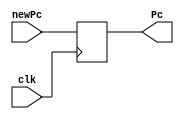
`timescale 1ns / 1ps
//////////////////////////////////////////////////////////////////////////////////
// Company: 
// Engineer: 
// 
// Design Name: 
// Module Name: lab03
// Project Name: 
// Target Devices: 
// Tool Versions: 
// Description: 
// 
// Dependencies: 
// 
// Revision:
// Revision 0.01 - File Created
// Additional Comments:
// 
//////////////////////////////////////////////////////////////////////////////////


module ProgramCounter(
    input [31:0] newPc,
    input clk,
    output reg [31:0] Pc);
    
    always @ (posedge clk) begin
        Pc = newPc;
    end
endmodule
 
module adder (
    input [31:0] Pc,
    output reg [31:0] newPc);
    
    initial begin
        newPc = 32'd100;
    end
    always @ (*) begin
        newPc = Pc + 4;
    end
endmodule


module IFID(
    input [31:0] doin,
    input clk,
    output reg [31:0] doout);
    
    always @ (posedge clk) begin
        doout = doin;
    end
endmodule


module InstrFetch(
    input [31:0] a,
    output reg [31:0] do
    );
    
    reg [31:0]mem[0:128];

    initial
    begin    
        mem[32'd100] = 32'h8C220000;
        mem[32'd104] = 32'h8C230004;
        mem[32'd108] = 32'h8C240008;
        mem[32'd112] = 32'h8c25000C;
        mem[32'd116] = 32'h004A3020;
    end
    
    always @ (*)
    begin
        //$display("mem[a] = %h", mem[a]);
        do = mem[a];
        //$display("do = %h", do);
    end
endmodule


module ControlUnit(
    //just output values, not used
    input [31:0] op,
    //input [31:0] func,
    output reg wreg,
    output reg m2reg,
    output reg wmem,
    output reg[1:0] aluc,
    output reg aluimm,
    output reg regrt    
    );
    
    reg [5:0] opcode;
    
    always @ (*)
    begin 
        opcode = op[31:26];
        case(opcode)
            //R type instruction
            6'b000000:
            begin
                regrt=0;
                aluc=2'b10;
                wreg=1;
                aluimm=0;
                wmem=0;
                m2reg=0;
            end
            //I type instruction
            default:
            begin
                regrt=1;
                aluc=2'b00;
                wreg=1;
                aluimm=1;
                wmem=0;
                m2reg=1;
            end
        endcase
    end
endmodule


module RorI(
    input [31:0] rd,
    //input [31:0] rt,
    input regrt,
    output reg[4:0] stuff
);
    wire[4:0] rd2;
    wire[4:0] rt;
    assign rd2 = rd[15:11];
    assign rt = rd[20:16];

    always @ (*)
    begin
        case(regrt)    
            1'b0:stuff=rd2;
            1'b1:stuff=rt;
        endcase
    end
endmodule


module InstrReg(
    input [31:0] rna, //address
    input clk,
    input we,
    //wn is register write
    input [4:0] wn,
    //d is data
    input [31:0] d,
    output reg[31:0] QA,
    output reg[31:0] QB
    );
    
    reg[4:0] rnaa;
    reg[4:0] rnb;
    reg [31:0]ireg[0:31];
    integer i;

    
    initial 
    begin        
        for (i=0; i < 32; i=i+1) begin
            ireg[i]=32'd0; 
        end
    end
        
    
    always @ (posedge clk)
    begin
        
        case(we)
            //J and sw type
            1'b0:ireg[wn]=d;
            //R and lw type
            1'b1:ireg[wn]=d;
        endcase
        
    end
    always @ (negedge clk) begin
        rnaa = rna[25:21];
        rnb = rna[20:16];
        QA = ireg[rnaa];
        QB = ireg[rnb];
        $display("%b %b",ireg[rnaa], ireg[rnb]);
    end
    
endmodule    
    
    
module signext(
    input [31:0] imm,
    output reg[31:0] imm2 
    );
    
    reg[15:0] immtemp;
    reg[31:0] temp;
    
    always @ (*)
    begin
        immtemp = imm[15:0];   
        immtemp = immtemp>>15;
        case(immtemp)
            16'd1:
            begin
                temp[15:0] = imm[15:0];
                temp[31:16] = 16'h1111;
                imm2 = temp;
            end
            default:
            begin
                temp[15:0] = imm[15:0];
                temp[31:16] = 16'h0000;
                imm2 = temp;
            end
        endcase
     end
  
endmodule


module IDEXE(
    input clk,
    input wreg,
    input m2reg,
    input wmem,
    input [1:0] aluc,
    input aluimm,
    input [4:0] writeback,
    input [31:0] QA,
    input [31:0] QB,
    input [31:0] imm,
    input [31:0] immext,
    output reg ewreg,
    output reg em2reg,
    output reg ewmem,
    output reg[1:0] ealuc,
    output reg ealuimm,
    output reg[4:0] wn,
    output reg[31:0] eQA,
    output reg[31:0] eQB,
    output reg[5:0] eimm,
    output reg[31:0] eimm2
    );

    always @ (posedge clk) begin
        ewreg=wreg;
        em2reg=m2reg;
        ewmem=wmem;
        ealuc=aluc;
        ealuimm=aluimm;
        wn=writeback;
        eQA=QA;
        eQB=QB;
        eimm2=immext;
        eimm=imm[5:0];
    end
endmodule

module eQBorIMM2(
    input ealuimm,
    input [31:0] eQB,
    input [31:0] eimm2,
    output reg[31:0] select
    );

    always @ (*) begin
    case(ealuimm)
        1'b0:select=eQB;
        1'b1:select=eimm2;
    endcase
    end
endmodule

module ALUcontrol(
    input [1:0] aluop,
    input [5:0] func,
    output reg[3:0] aluc
    );
    
    always @ (*)
    begin
        case(aluc)
            //branch
            2'b01:aluc=4'b0110; //subtract
            //R type
            2'b10:
            begin
                case(func)
                    6'b100000:aluc=4'b0010; //add
                    6'b100010:aluc=4'b0110; //subtract
                    6'b100100:aluc=4'b0000; //AND
                    6'b100101:aluc=4'b0001; //OR
                    6'b101010:aluc=4'b0111; //slt
                endcase
            end
            //I type
            default: aluc=4'b0010; //add
        endcase
    end
endmodule


module ALU(
    input [31:0] a,
    input [31:0] b,
    input [3:0] aluc,
    output reg [31:0] r
);
    always @ (*) begin
        case(aluc)
            4'b0010: r=a+b; //add
            4'b0110: r=a-b; //subtract
            4'b0000: r=a&b; //and
            4'b0001: r=a|b; //or
            4'b0111: r=a<b; //slt
        endcase
    end
endmodule

module EXEMEM(
    input clk,
    input ewreg,
    input em2reg,
    input ewmem, 
    input [4:0] ewn,
    input [31:0] er,
    input [31:0] eeQB,
    output reg mwreg,
    output reg mm2reg,
    output reg mwmem,
    output reg[4:0] mwn,
    output reg[31:0] mr,
    output reg[31:0] meQB
);

    always @ (posedge clk) begin
        mwreg=ewreg;
        mm2reg=em2reg;
        mwmem=ewmem;
        mwn=ewn;
        mr=er;
        meQB=eeQB;
    end

endmodule

module DataMem(
    input we,
    input [31:0] a,
    input [31:0] di,
    output reg[31:0] do
    );
    
    reg [31:0]dmem[0:128];
    
    initial
    begin
        dmem[32'd0] = 32'hA00000AA;
        dmem[32'd4] = 32'h10000011;
        dmem[32'd8] = 32'h20000022;
        dmem[32'd12] = 32'h30000033;
        dmem[32'd16] = 32'h40000044;
        dmem[32'd20] = 32'h50000055;
        dmem[32'd24] = 32'h60000066;
        dmem[32'd28] = 32'h70000077;
        dmem[32'd32] = 32'h80000088;
        dmem[32'd36] = 32'h90000099;
    end
    
    always @ (*) begin
        //perform mad combos here
        case(we)
            // load word
            1'b0:
            begin
                do=dmem[a];
            end
            //store word
            1'b1:
            begin
                dmem[a]=di;
            end
        endcase
    end
endmodule

module MEMWB(
    input clk,
    input mwreg,
    input mm2reg,
    input [4:0] mwn,
    input [31:0] mr,
    input [31:0] do,
    output reg wwreg,
    output reg wm2reg,
    output reg[4:0] wn,
    output reg[31:0] wr,
    output reg[31:0] wdo
    );

    always @ (posedge clk) begin
        wwreg=mwreg;
        wm2reg=mm2reg;
        wn=mwn;
        wr=mr;
        wdo=do;
    end

endmodule

module wb(
    input [31:0] wr,
    input [31:0] wdo,
    input wm2reg,
    output reg[31:0] d
    );
    
    // R type m2reg is 0
    always @ (*) begin
        case(wm2reg)
            1'b0:d=wr;
            1'b1:d=wdo;
        endcase
    end
endmodule